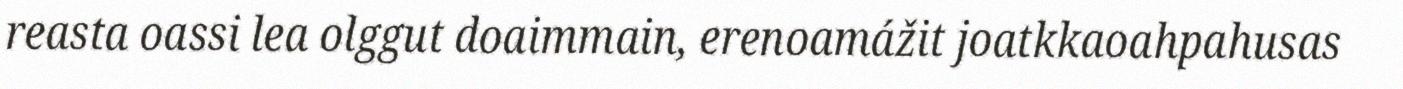
reasta oassi lea olggut doaimmain, erenoamážit joatkkaoahpahusas